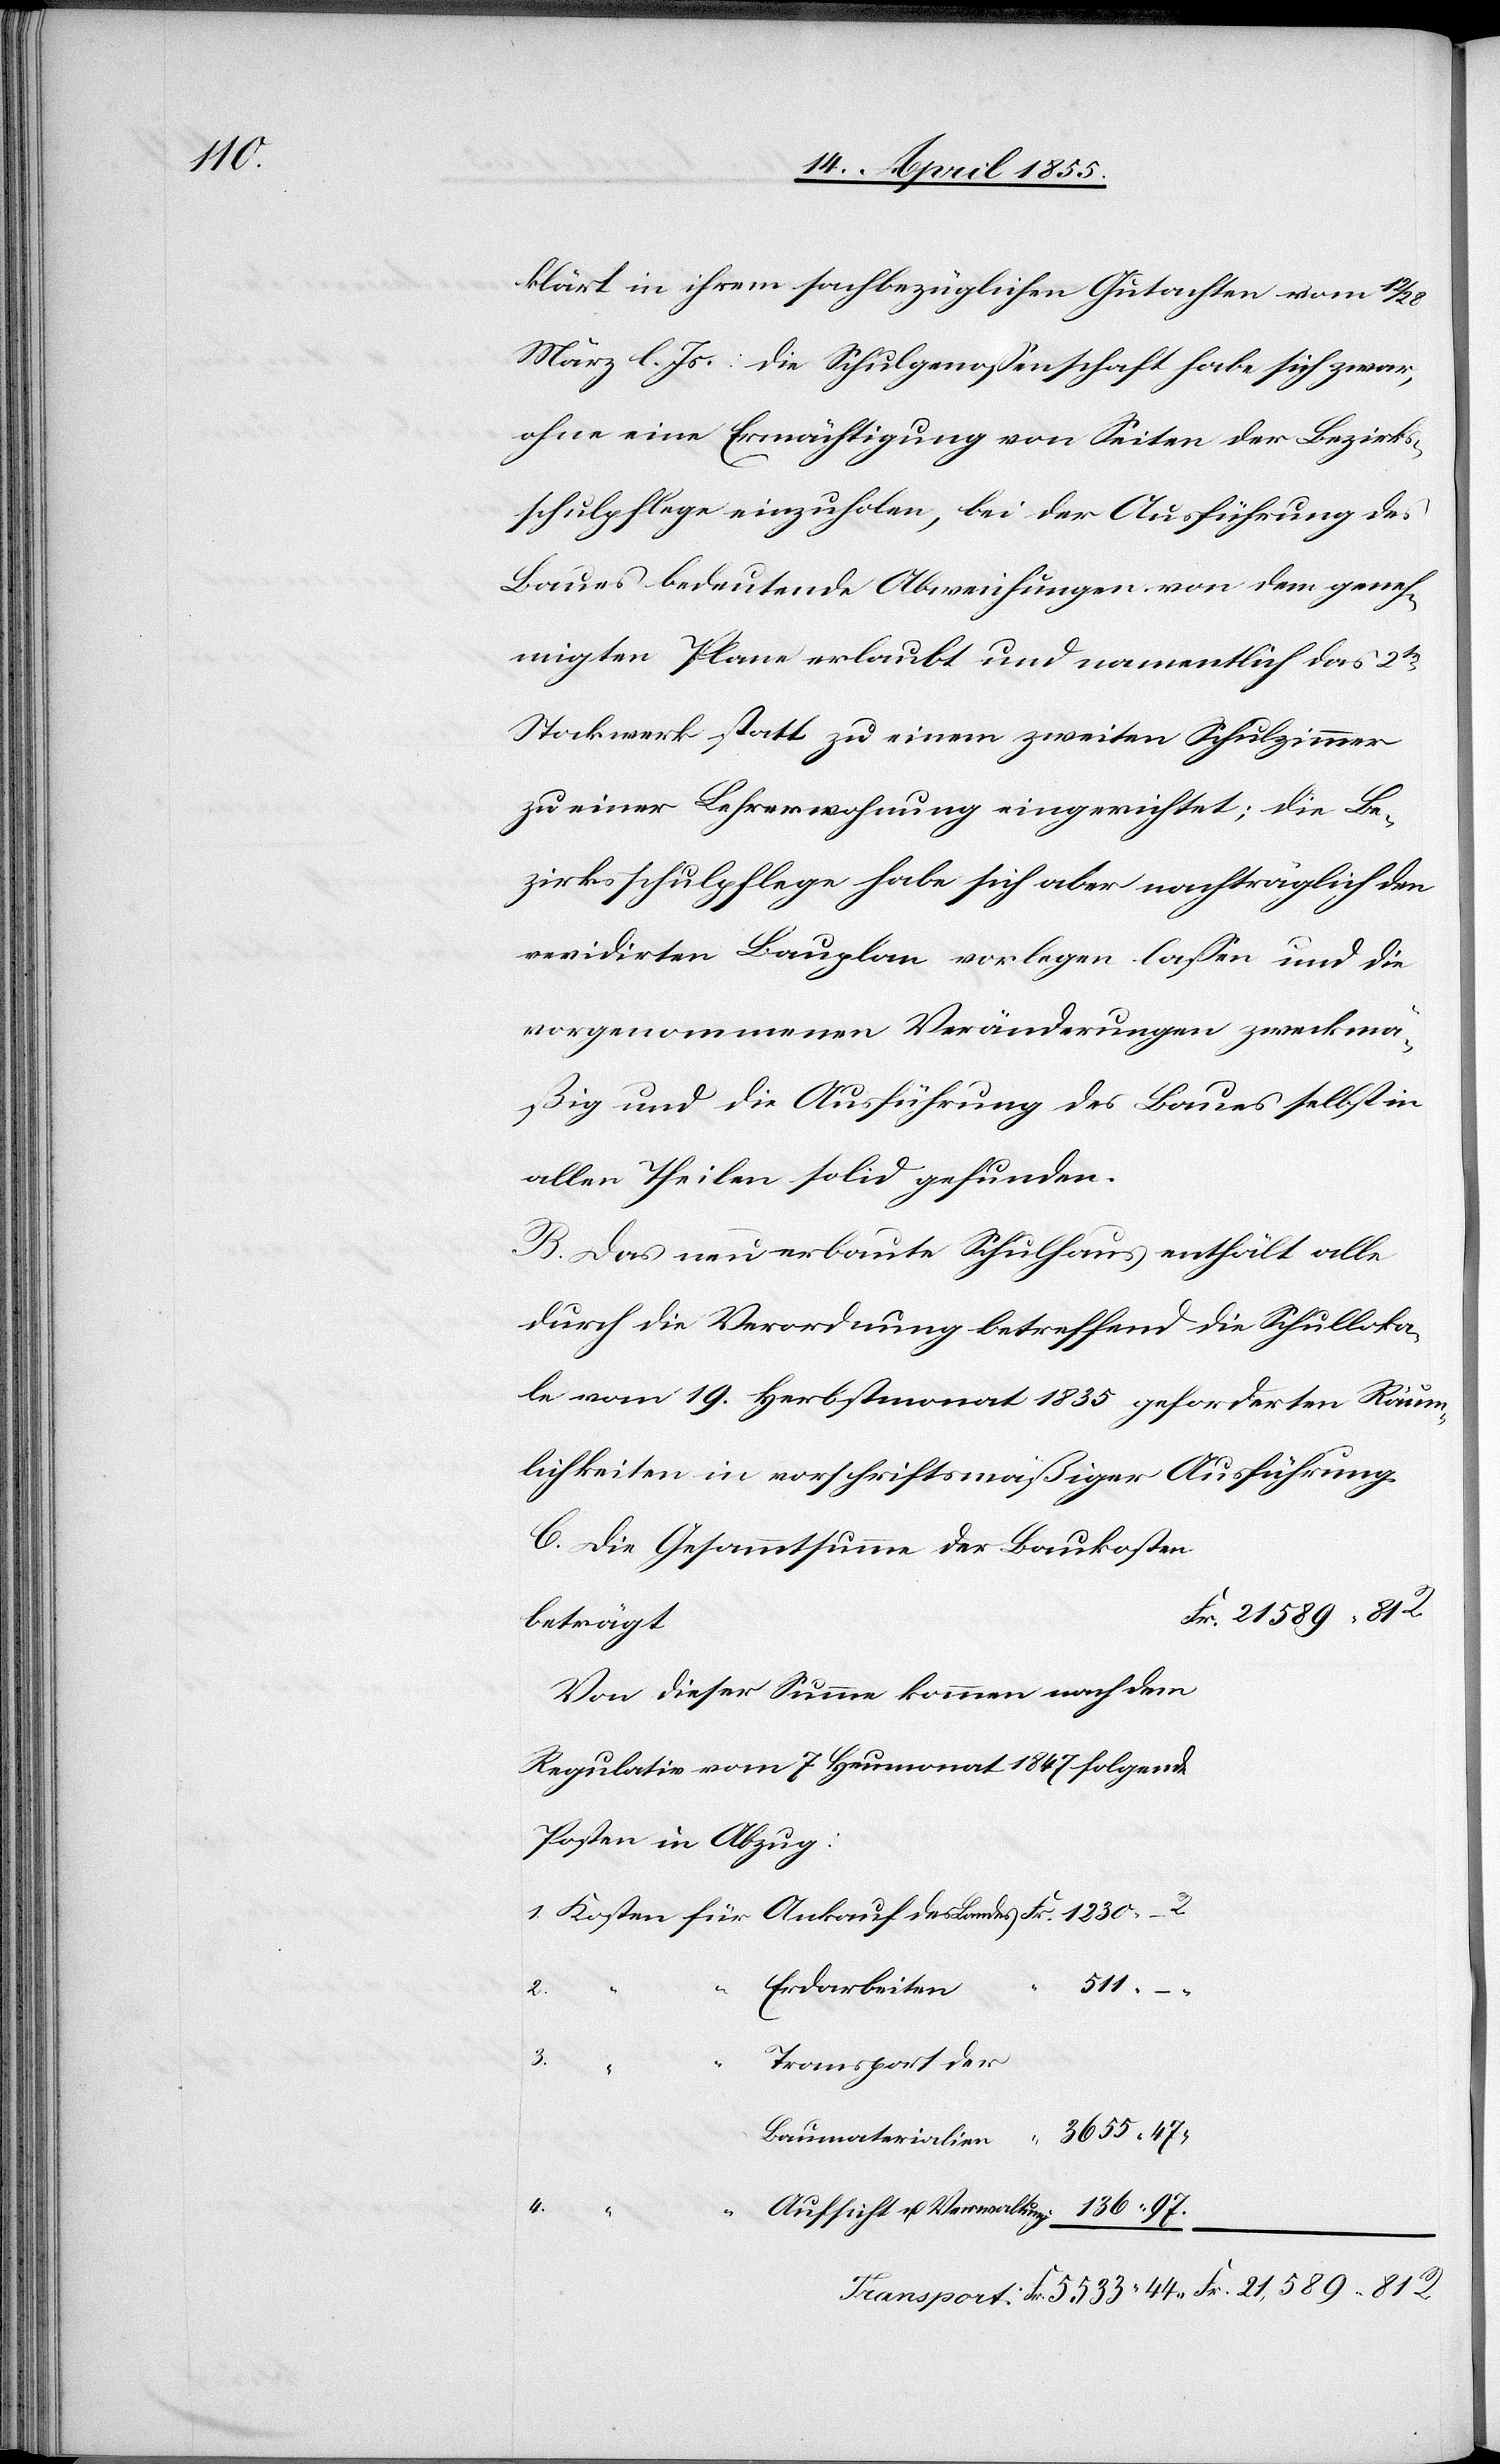
4.

klärt in ihrem sachbezüglichen Gutachten vom 12
März l. Js.: die Schulgenossenschaft habe sich zwar,
ohne eine Ermächtigung von Seiten der Bezirks¬
schulpflege einzuholen, bei der Ausführung des
Baues bedeutende Abweichungen von dem geneh¬
migten Plane erlaubt und namentlich das 2te
Stockwerk statt zu einem zweiten Schulzimmer
zu einer Lehrerwohnung eingerichtet; die Be¬
zirksschulpflege habe sich aber nachträglich den
revidirten Bauplan vorlegen lassen und die
vorgenommenen Veränderungen zweckmä¬
ßig und die Ausführung des Baues selbst in
allen Theilen solid gefunden.
B. Das neu erbaute Schulhaus enthält alle
durch die Verordnung betreffend die Schulloka¬
le vom 19. Herbstmonat 1835 geforderten Räum¬
lichkeiten in vorschriftsmäßiger Ausführung.
C. Die Gesammtsumme der Baukosten
Fr. 21 589. 81 R.
beträgt
Von dieser Summe kommen nach dem
Regulativ vom 7. Heumonat 1847 folgende
Posten in Abzug:
511.
136. 97.
Erdarbeiten
3.
Transport der
Aufsicht u. Verwaltung
Fr.